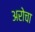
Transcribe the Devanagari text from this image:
अरोचा